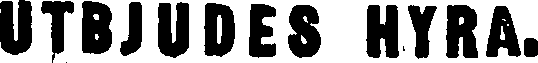
UTBJUDES HYRA.